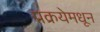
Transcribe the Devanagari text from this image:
प्रक्रयेमधून